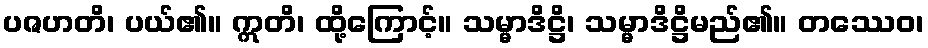
ပဇဟတိ၊ ပယ်၏။ ဣတိ၊ ထို့ကြောင့်။ သမ္မာဒိဋ္ဌိ၊ သမ္မာဒိဋ္ဌိမည်၏။ တဿေဝ၊